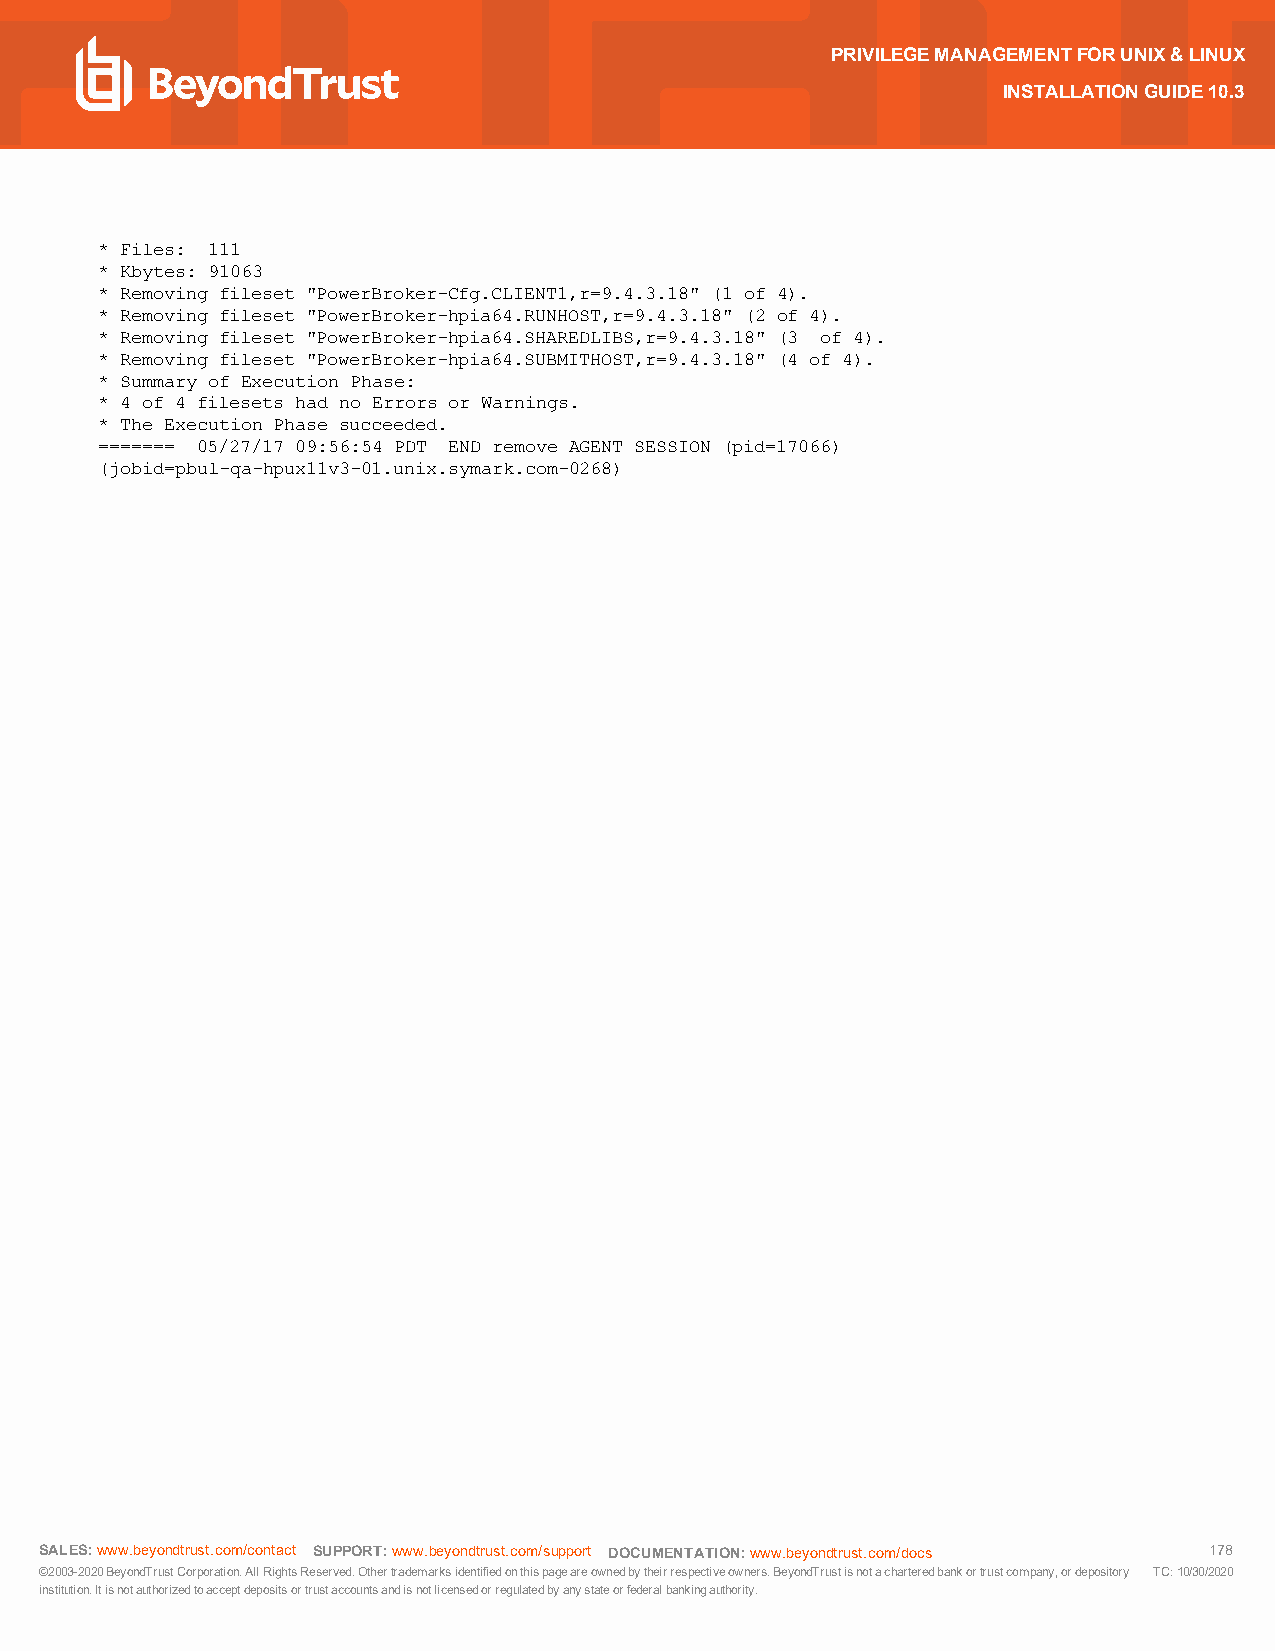
PRIVILEGEMANAGEMENTFORUNIX&LINUX
 INSTALLATIONGUIDE10.3
 * Files: 111
 * Kbytes: 91063
 * Removing fileset "PowerBroker-Cfg.CLIENT1,r=9.4.3.18" (1 of 4).
 * Removing fileset "PowerBroker-hpia64.RUNHOST,r=9.4.3.18" (2 of 4).
 * Removing fileset "PowerBroker-hpia64.SHAREDLIBS,r=9.4.3.18" (3 of 4).
 * Removing fileset "PowerBroker-hpia64.SUBMITHOST,r=9.4.3.18" (4 of 4).
 * Summary of Execution Phase:
 * 4 of 4 filesets had no Errors or Warnings.
 * The Execution Phase succeeded.
 ======= 05/27/17 09:56:54 PDT END remove AGENT SESSION (pid=17066)
 (jobid=pbul-qa-hpux11v3-01.unix.symark.com-0268)
 SALES:www.beyondtrust.com/contact SUPPORT:www.beyondtrust.com/support DOCUMENTATION:www.beyondtrust.com/docs 178
 ©2003-2020BeyondTrustCorporation.AllRightsReserved.Othertrademarksidentifiedonthispageareownedbytheirrespectiveowners.BeyondTrustisnotacharteredbankortrustcompany,ordepository TC:10/30/2020
 institution.Itisnotauthorizedtoacceptdepositsortrustaccountsandisnotlicensedorregulatedbyanystateorfederalbankingauthority.